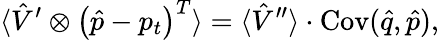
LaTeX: \langle\hat{V}^{\prime}\otimes\left(\hat{p}-p_{t}\right)^{T}\rangle=\langle\hat{V}^{\prime\prime}\rangle\cdot\operatorname{Cov}(\hat{q},\hat{p}),